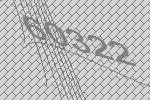
60322